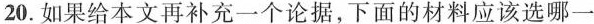
20.如果给本文再补充一个论据，下面的材料应该选哪一